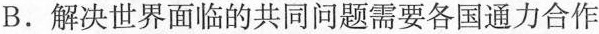
B.解决世界面临的共同问题需要各国通力合作